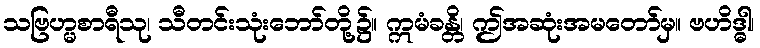
သဗြဟ္မစာရီသု၊ သီတင်းသုံးဘော်တို့၌။ ဣမံခန္တိ၊ ဤအဆုံးအမတော်မှ။ ဗဟိဒ္ဓါ၊